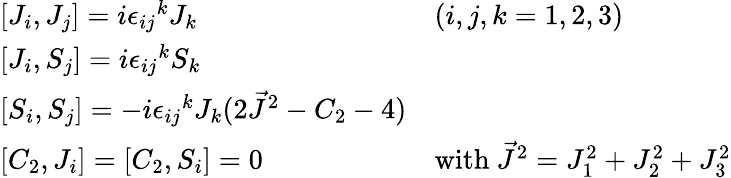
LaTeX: \begin{array}{ll}{{{[}J_{i},J_{j}]=i{\epsilon_{ij}}^{k}J_{k}}}&{{(i,j,k=1,2,3)}}\\ {{{[}J_{i},S_{j}]=i{\epsilon_{ij}}^{k}S_{k}}}&{{}}\\ {{{[}S_{i},S_{j}]=-i{\epsilon_{ij}}^{k}J_{k}(2\vec{J}^{2}-C_{2}-4)}}&{{}}\\ {{{[}C_{2},J_{i}]=[C_{2},S_{i}]=0}}&{{\mathrm{with~}\vec{J}^{2}=J_{1}^{2}+J_{2}^{2}+J_{3}^{2}}}\end{array}